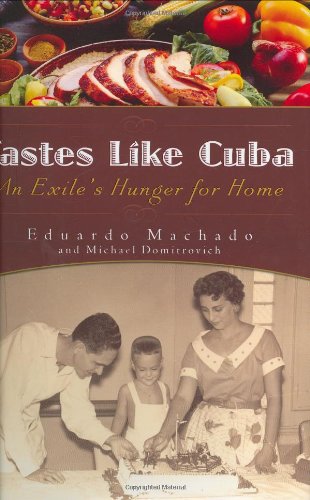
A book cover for Tastes Like Cuba: An Exile's Hunger for Home; Eduardo Machado; Cookbooks, Food & Wine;